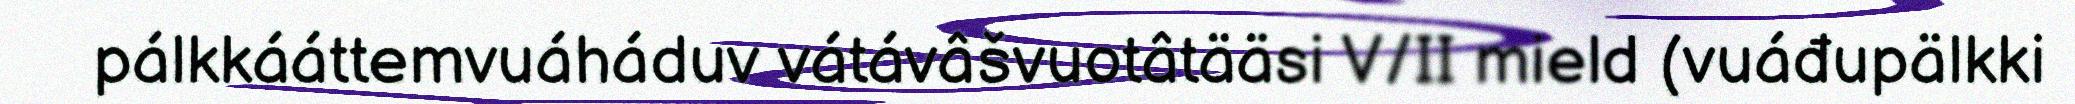
pálkkááttemvuáháduv vátávâšvuotâtääsi V/II mield (vuáđupälkki